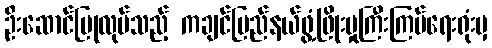
ဦးဆောင်ပြုလုပ်သည့် ကချင်ပြည်နယ်ဖွံ့ဖြိုးမှုကြီးကြပ်ရေးရုံးမှ